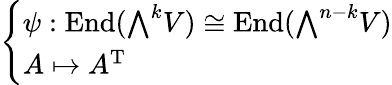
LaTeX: \left\{ \begin{array}{ll}{\psi:\operatorname{End}({\textstyle\bigwedge}^{k}V)\cong\operatorname{End}({\textstyle\bigwedge}^{n-k}V)}\\ {A\mapsto A^{\mathrm{T}}}\end{array}\right.